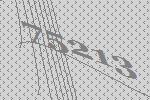
75213